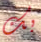
بك